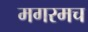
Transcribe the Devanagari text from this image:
मगरमच